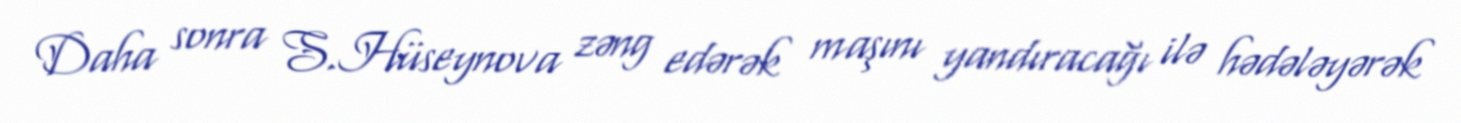
Daha sonra S.Hüseynova zəng edərək maşını yandıracağı ilə hədələyərək